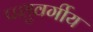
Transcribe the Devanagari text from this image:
पशुवर्गीय